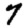
Digit: 7